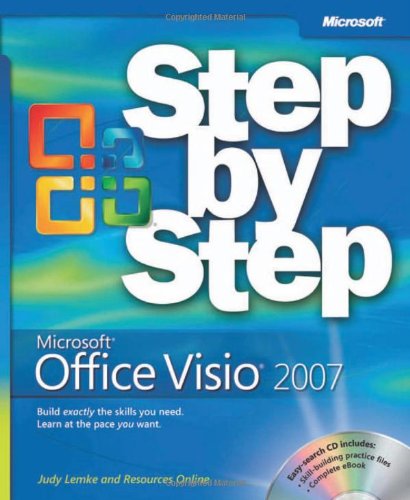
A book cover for MicrosoftÂ® Office VisioÂ® 2007 Step by Step; Judy Lemke; Computers & Technology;